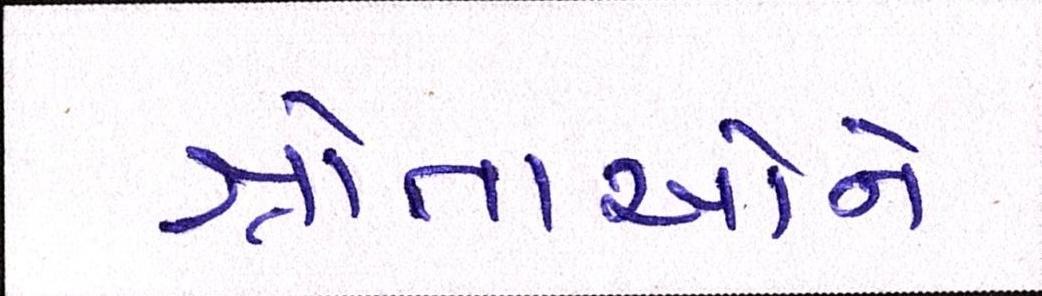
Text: શ્રોતાઓને